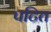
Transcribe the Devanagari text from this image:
पटित